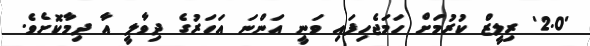
'2.0' ރިލީޒް ކުރުމަށް ހަމަޖެހިފައި ވަނީ އަންނަ އަހަރުގެ ދިވާލީ އާ ދިމާކޮށެވެ.